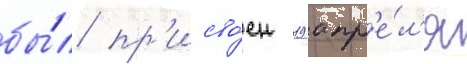
бы́л пр'исво́ен 19 апр'е́л'я